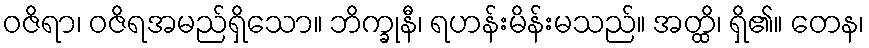
ဝဇိရာ၊ ဝဇိရအမည်ရှိသော။ ဘိက္ခုနီ၊ ရဟန်းမိန်းမသည်။ အတ္ထိ၊ ရှိ၏။ တေန၊